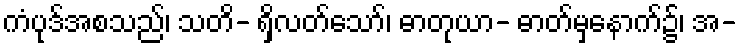
ကံပုဒ်အစသည်၊ သတိ- ရှိလတ်သော်၊ ဓာတုယာ- ဓာတ်မှနောက်၌၊ အ-